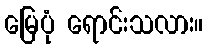
မြေပုံ ရောင်းသလား။